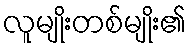
လူမျိုးတစ်မျိုး၏